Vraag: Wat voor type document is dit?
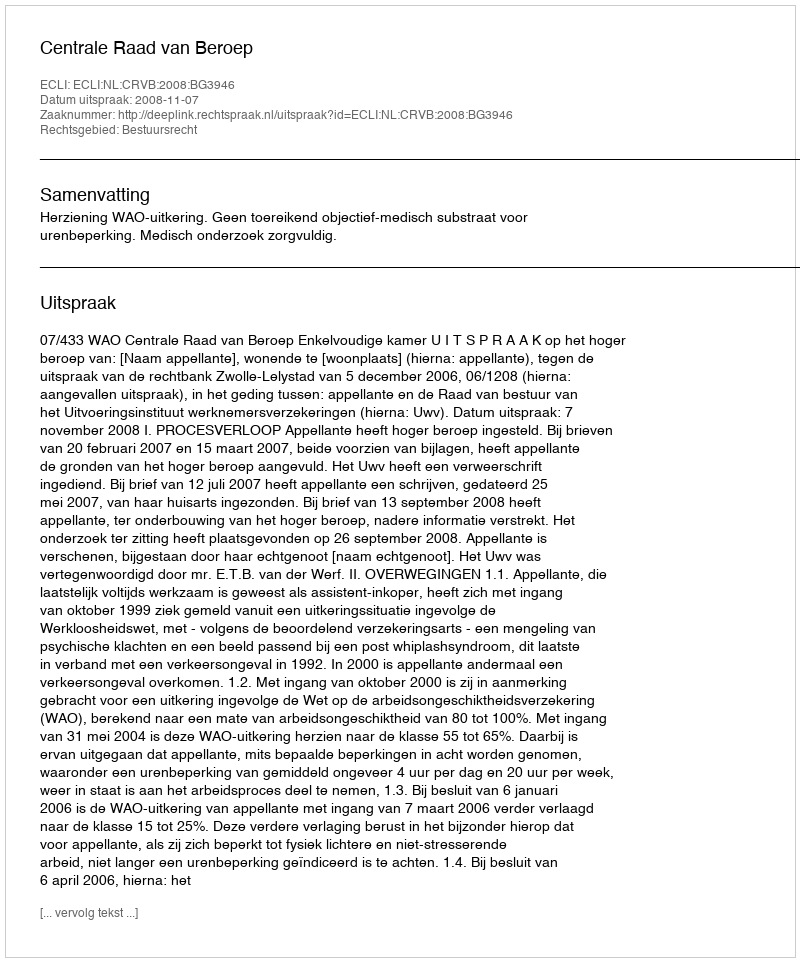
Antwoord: Uitspraak